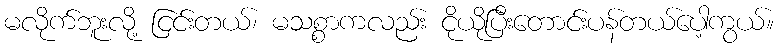
မလိုက်ဘူးလို့ ငြင်းတယ်၊ မသစ္စာကလည်း ငိုယိုပြီးတောင်းပန်တယ်ပေါ့ကွယ်။